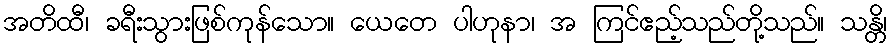
အတိထီ၊ ခရီးသွားဖြစ်ကုန်သော။ ယေတေ ပါဟုနာ၊ အ ကြင်ဧည့်သည်တို့သည်။ သန္တိ၊